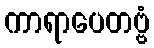
ကာရာပေတဗ္ဗံ